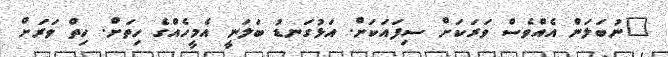
"ނުބަލަން އެއްވެސް ވަރަކަށް ސިފައަކަށް. އަޅުގަނޑު ބަލަނީ އެމީހެއްގެ ހިތަށް. ހިތް ވަރަށް